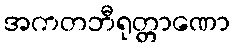
အကတဘီရုတ္တာဏော